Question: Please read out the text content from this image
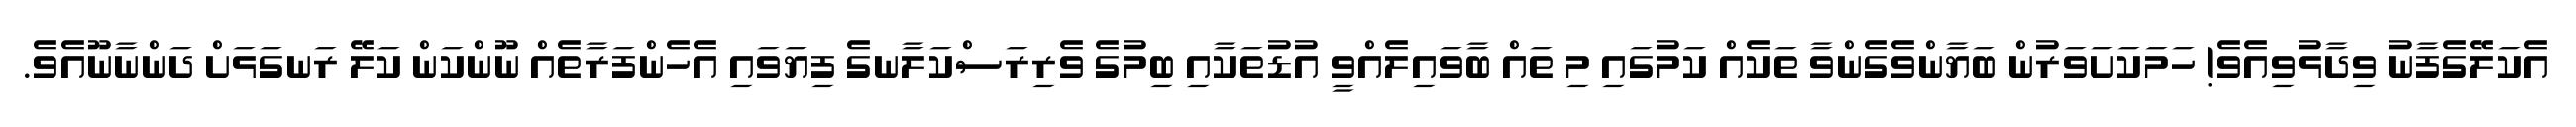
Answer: އެކަލޭގެފާނު ވިދާޅުވިއެވެ! ހަމަކަށަވަރުން ބަޔާންވެގެންވާ ތަކެއް ކަމުގައި މި ތައް ބާވައިލެއްވީ އުޑުތަކާއި ބިމުގެ ވެރިރަސްކަލާނގެ ފިޔަވައި އެހެންފަރާތެއް ނޫންކަން ކަލޭ ރަނގަޅަށް ދަންނާނޫއެވެ.